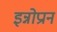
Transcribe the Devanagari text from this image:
इन्नोप्रान